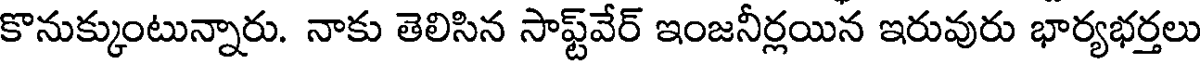
కొనుక్కుంటున్నారు. నాకు తెలిసిన సాఫ్ట్వేర్ ఇంజనీర్లయిన ఇరువురు భార్యభర్తలు